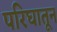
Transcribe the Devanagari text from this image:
परिघातून